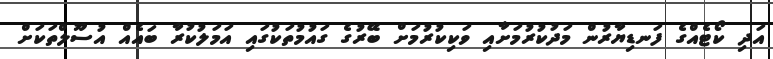
އަދި ކޯޓެއްގެ ފަނޑިޔާރުން މަދުކުރުމަށާއި ވަކިކުރުމަށް ބޭރުގެ ގައުމުތަކުގައި އަމަލުކުރާ ބައެއް އުސޫލްތަކަށް